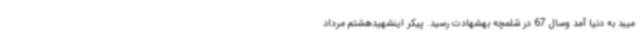
میبد به دنیا آمد وسال 67 در شلمچه بهشهادت رسید. پیکر اینشهیدهشتم مرداد